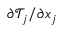
\partial \mathcal { T } _ { j } / \partial x _ { j }